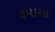
રૂપામા